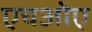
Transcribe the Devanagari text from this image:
एचओए